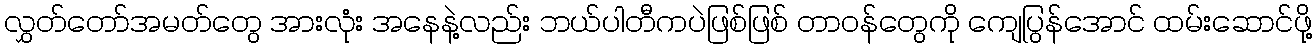
လွှတ်တော်အမတ်တွေ အားလုံး အနေနဲ့လည်း ဘယ်ပါတီကပဲဖြစ်ဖြစ် တာဝန်တွေကို ကျေပြွန်အောင် ထမ်းဆောင်ဖို့